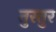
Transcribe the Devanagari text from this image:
तुरतुर